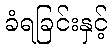
ခံရခြင်းနှင့်